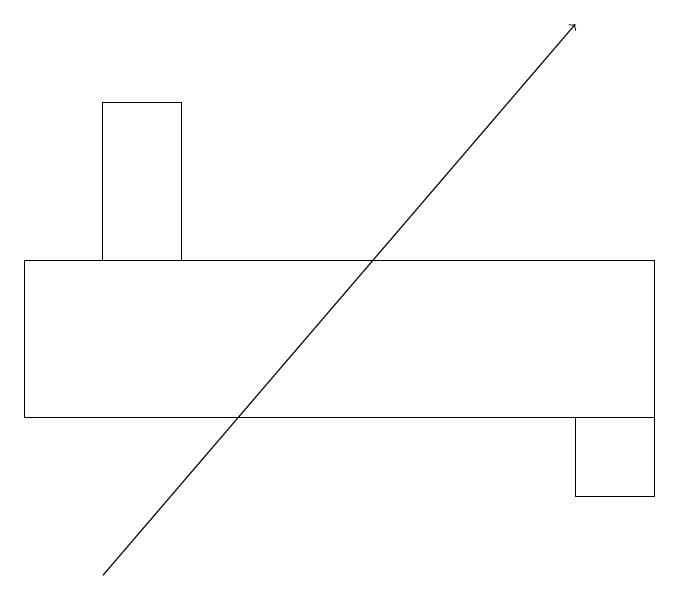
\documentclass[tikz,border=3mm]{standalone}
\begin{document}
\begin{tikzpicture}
\draw (8,14) rectangle (9,13);
\draw (9,16) rectangle (1,14);
\draw (3,16) rectangle (2,18);
\draw[->] (2,12) -- (8,19);
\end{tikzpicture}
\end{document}